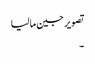
تصویر جین مالیا
۔